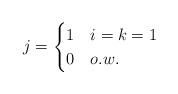
LaTeX: \begin{align*}j=\begin{cases}1 & i=k=1 \\0 & o.w. \\\end{cases} \end{align*}